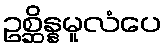
ဥစ္ဆိန္နမူလံပေ